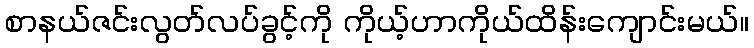
စာနယ်ဇင်းလွတ်လပ်ခွင့်ကို ကိုယ့်ဟာကိုယ်ထိန်းကျောင်းမယ်။